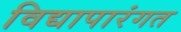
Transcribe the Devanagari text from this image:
विद्यापारंगत